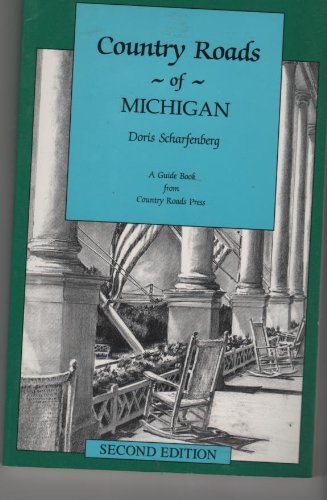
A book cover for Country Roads of Michigan: Second Edition; Doris Scharfenberg; Travel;